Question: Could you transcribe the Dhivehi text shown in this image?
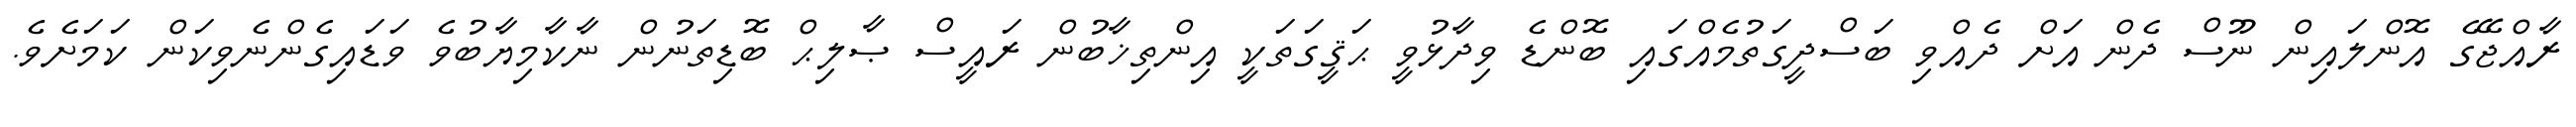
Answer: ރާއްޖޭގެ އޮންލައިން ނޫސް ދެން އަށް ދެއްވި ބަސްދީގަތުމެއްގައި ބޮންޑެ ވިދާޅުވީ ޙަޤީގަތަކީ އިންތިޚާބުން ރައީސް ޞާލިޙް ބޮޑިތަނުން ނާކާމިޔާބުވެ ވަޑައިގެންނެވިކަން ކަމަށެވެ.